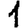
Digit: 1